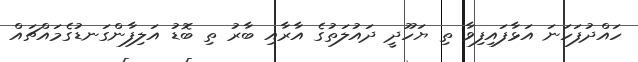
ހައްދުފަހަނަ އަޅާފައިފިވާ ތި ޔަހޫދީ ދައުލަތުގެ އާރާއި ބާރު ތި ބޮޑު އަލިފާންގަނޑުގެމައްޗައް